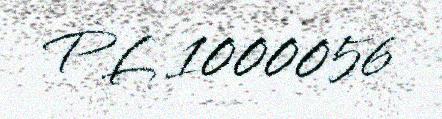
PL 1000056